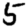
Digit: 5